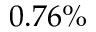
0 . 7 6 \%